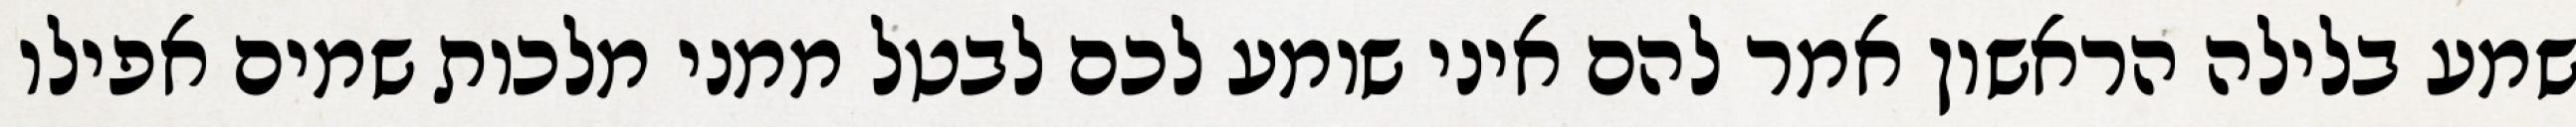
שמע בלילה הראשון אמר להם איני שומע לכם לבטל ממני מלכות שמים אפילו